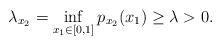
LaTeX: \begin{align*}\lambda_{x_2} = \inf_{x_1 \in [0,1]} p_{x_2}(x_1) \geq \lambda > 0 . \end{align*}